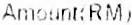
AMOUNT(RM)